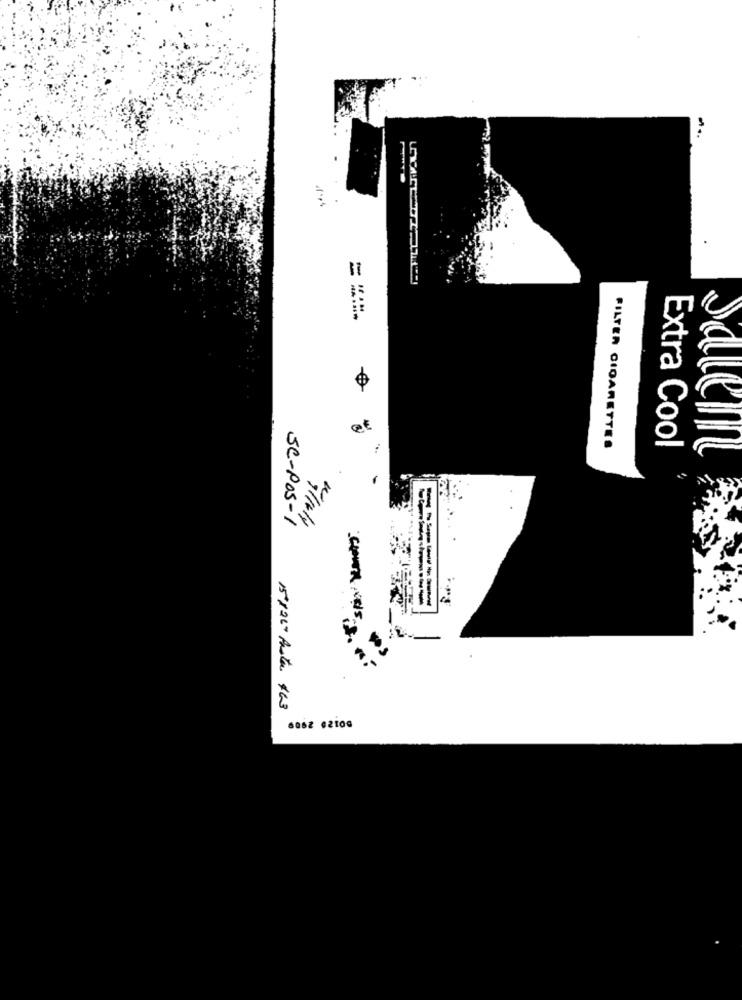
===
FILTER CIGARETTES
Extra Cool
Sale
SC-POS-1
04/1014
15126 Auta 463
6062 02109